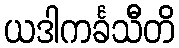
ယဒါကင်္ခသီတိ